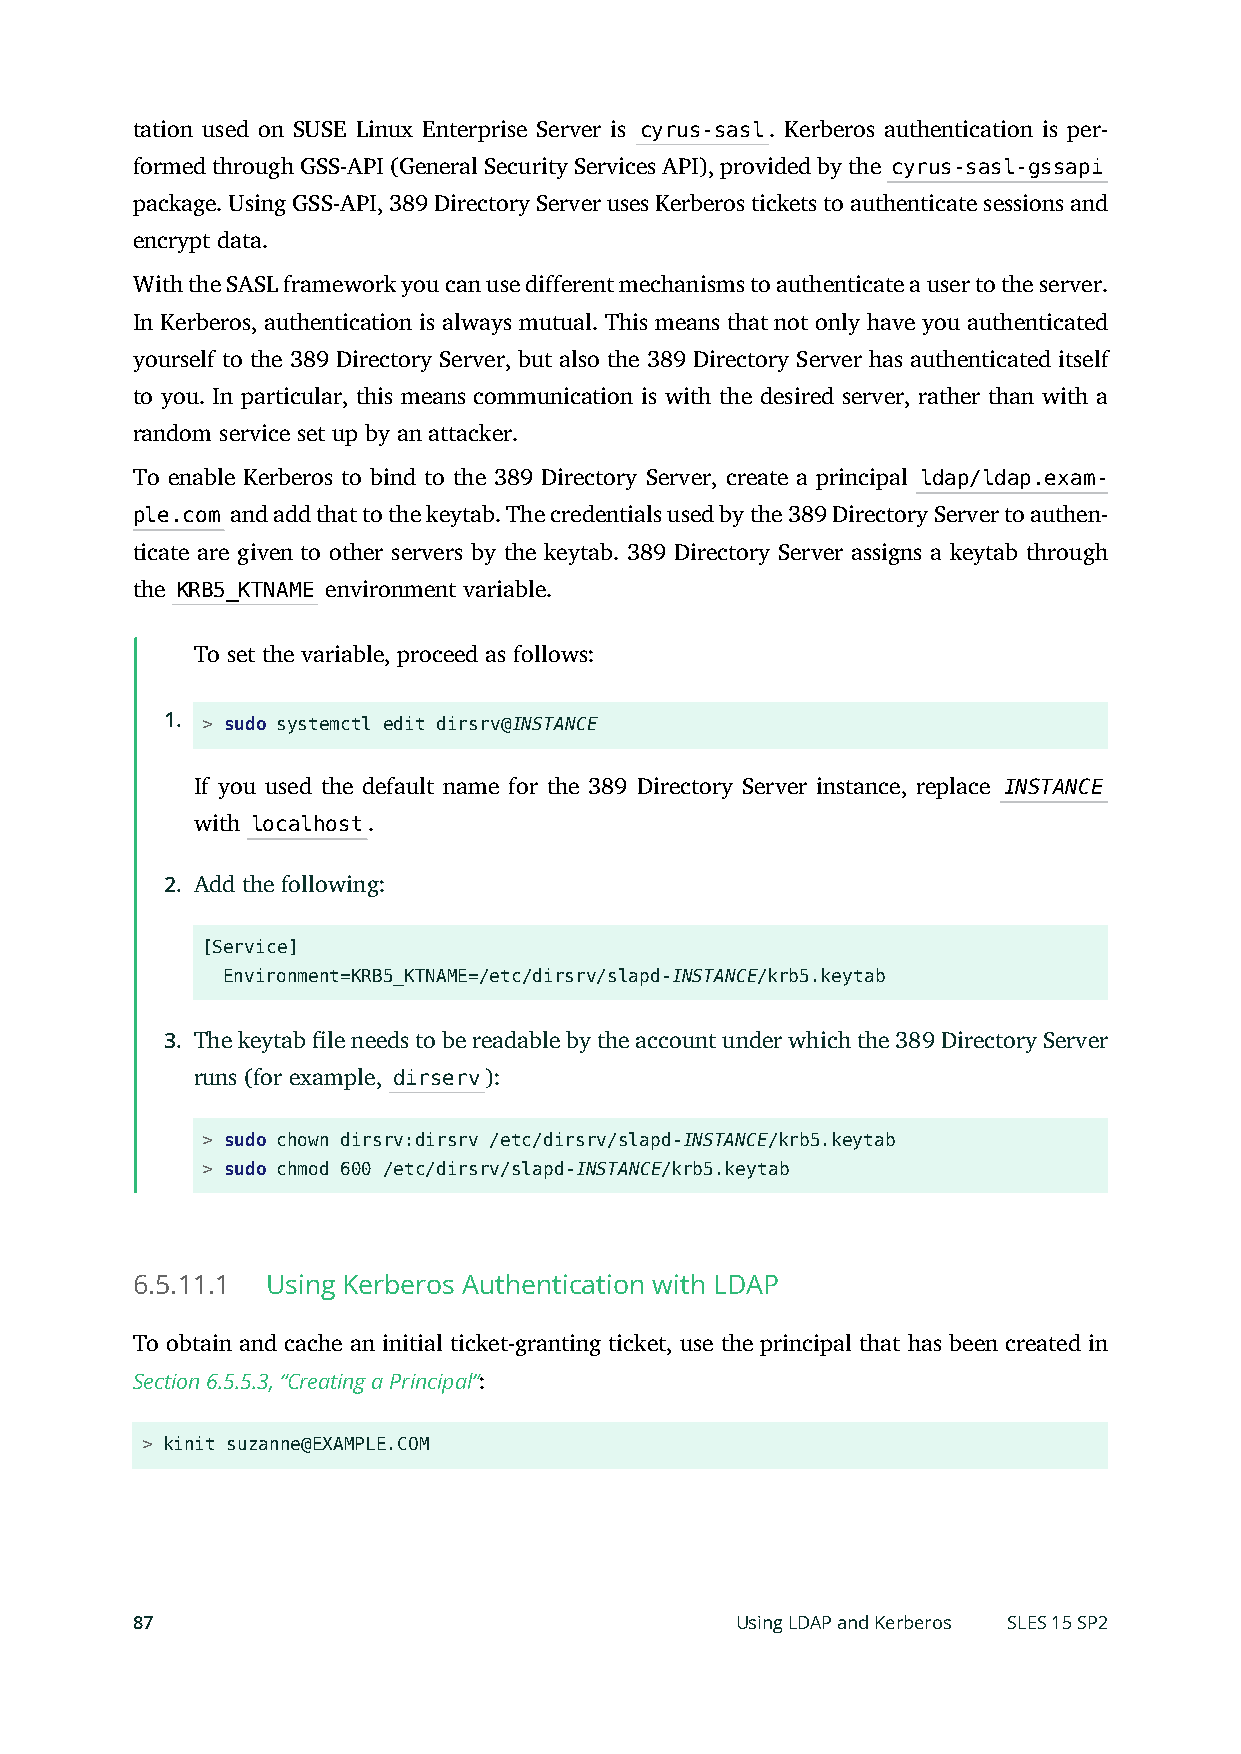
tation used on SUSE Linux Enterprise Server is cyrus-sasl. Kerberos authentication is per-
 formed through GSS-API (General Security Services API), provided by the cyrus-sasl-gssapi
 package. Using GSS-API, 389 Directory Server uses Kerberos tickets to authenticate sessions and
 encrypt data.
 With the SASL framework you can use different mechanisms to authenticate a user to the server.
 In Kerberos, authentication is always mutual. This means that not only have you authenticated
 yourself to the 389 Directory Server, but also the 389 Directory Server has authenticated itself
 to you. In particular, this means communication is with the desired server, rather than with a
 random service set up by an attacker.
 To enable Kerberos to bind to the 389 Directory Server, create a principal ldap/ldap.exam-
 ple.com and add that to the keytab. The credentials used by the 389 Directory Server to authen-
 ticate are given to other servers by the keytab. 389 Directory Server assigns a keytab through
 the KRB5_KTNAME environment variable.
 To set the variable, proceed as follows:
 1.
 > sudo systemctl edit dirsrv@INSTANCE
 If you used the default name for the 389 Directory Server instance, replace INSTANCE
 with localhost.
 2. Add the following:
 [Service]
 Environment=KRB5_KTNAME=/etc/dirsrv/slapd-INSTANCE/krb5.keytab
 3. The keytab le needs to be readable by the account under which the 389 Directory Server
 runs (for example, dirserv):
 > sudo chown dirsrv:dirsrv /etc/dirsrv/slapd-INSTANCE/krb5.keytab
 > sudo chmod 600 /etc/dirsrv/slapd-INSTANCE/krb5.keytab
 6.5.11.1 Using Kerberos Authentication with LDAP
 To obtain and cache an initial ticket-granting ticket, use the principal that has been created in
 Section 6.5.5.3, “Creating a Principal”:
 > kinit suzanne@EXAMPLE.COM
 87                                      Using LDAP and Kerberos SLES 15 SP2